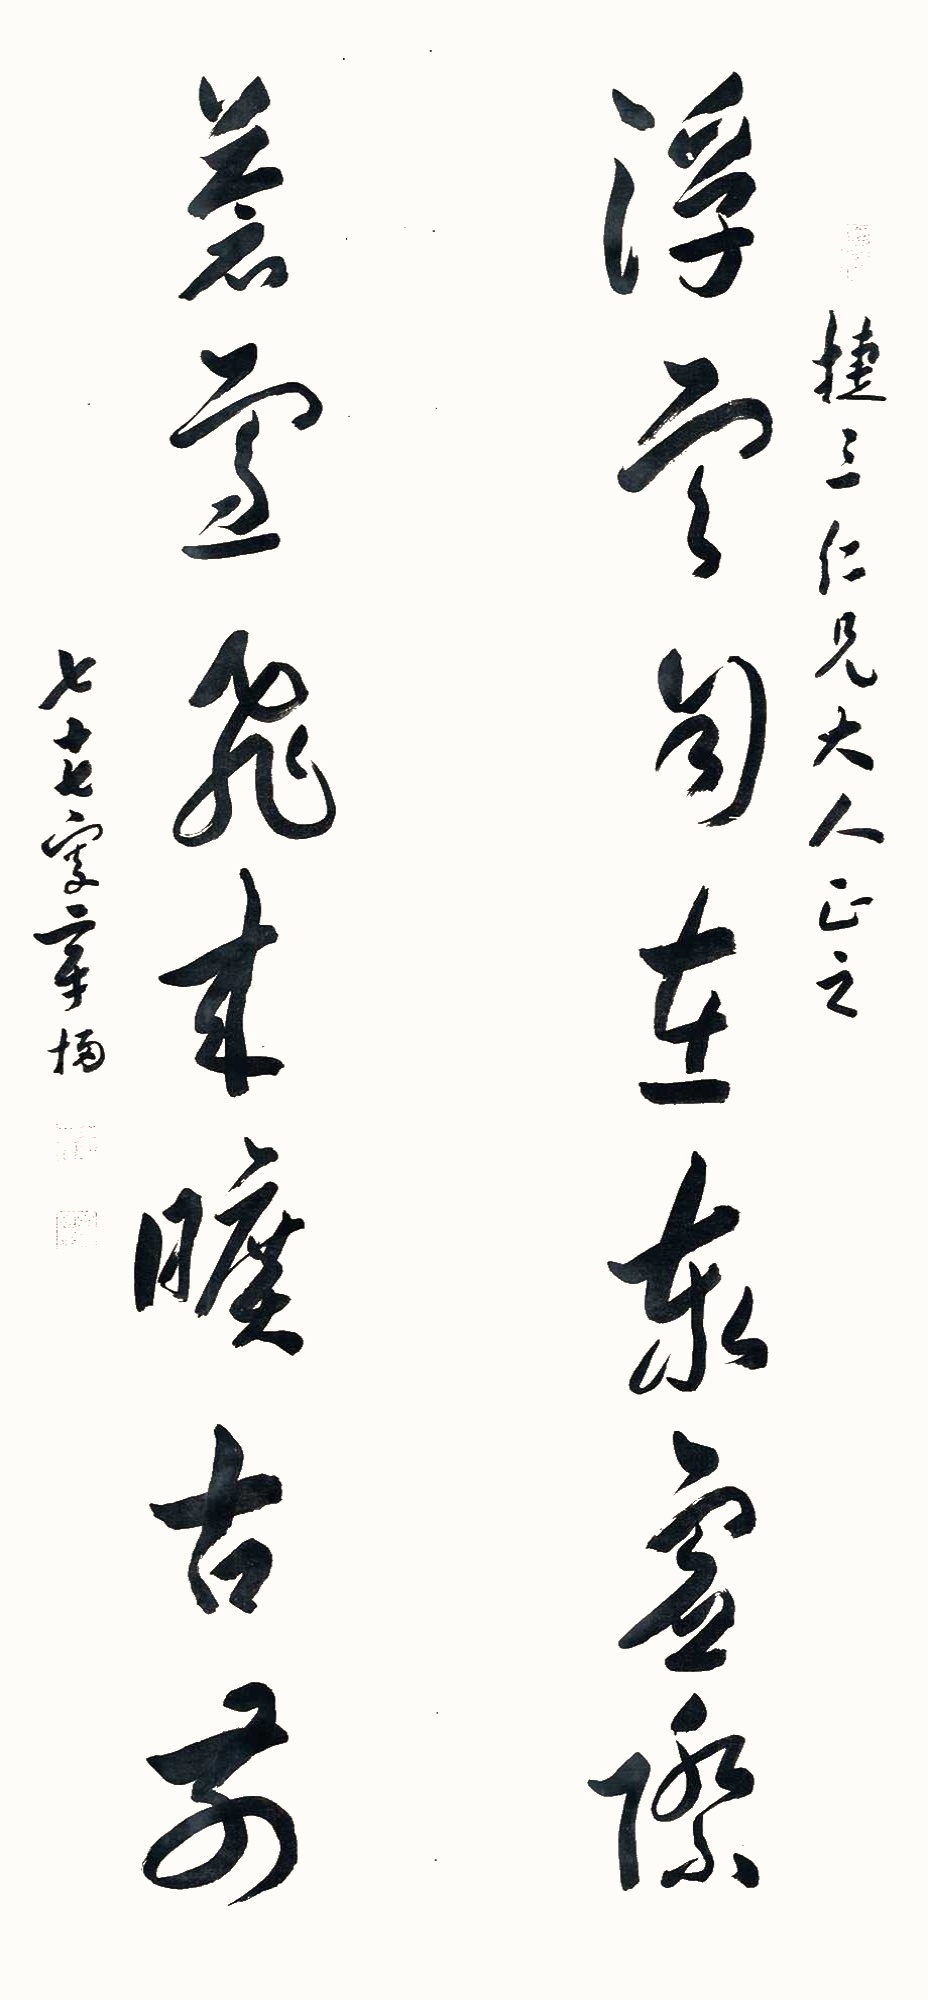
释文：浮云自在泰虚际，苍雪飞来旷古前。捷三仁兄大人正之，七十七叟章梫。